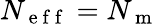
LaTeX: N_{\mathrm{~e~f~f~}}=N_{\mathrm{~m~}}